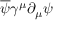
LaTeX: { \overline { { \psi } } } \gamma ^ { \mu } \partial _ { \mu } \psi